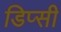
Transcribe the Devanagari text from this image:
डिप्सी